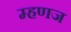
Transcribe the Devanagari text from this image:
म्हणज